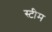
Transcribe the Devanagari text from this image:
स्‍टीम